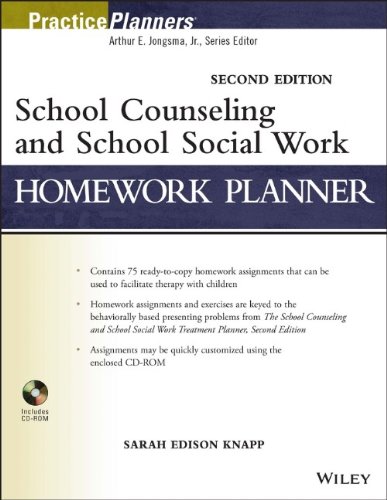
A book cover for School Counseling and School Social Work Homework Planner; Sarah Edison Knapp; Business & Money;